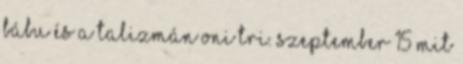
bábu és a Talizmán Oni tri. szeptember 15 Mit